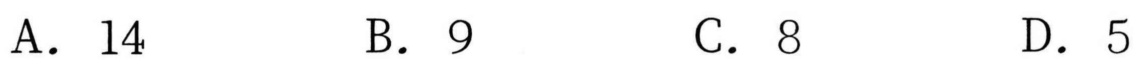
A. \(14\)  \qquad B. \(9\)  \qquad C. \(8\)  \qquad D. \(5\)